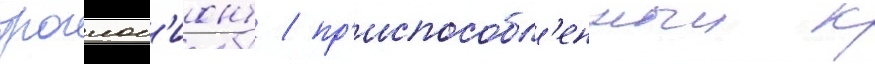
троглоб'ионт / пр'испособл'енныи к